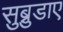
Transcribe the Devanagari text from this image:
सुब्नुडाए